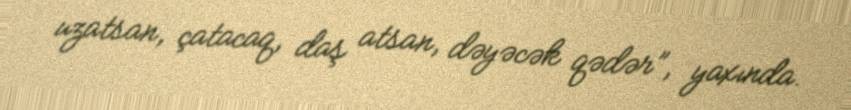
uzatsan, çatacaq, daş atsan, dəyəcək qədər”, yaxında.